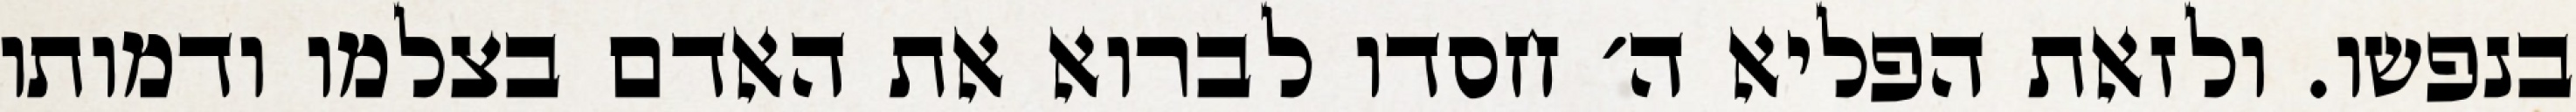
בנפשו. ולזאת הפליא ה׳ חסדו לברוא את האדם בצלמו ודמותו